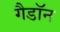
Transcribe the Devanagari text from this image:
गैडाॅन